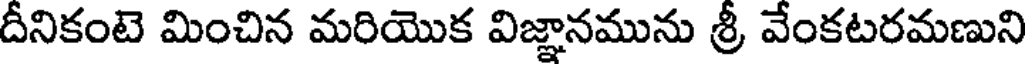
దీనికంటె మించిన మరియొక విజ్ఞానమును శ్రీ వేంకటరమణుని